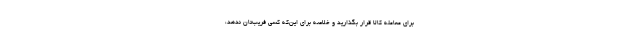
برای معامله کالا قرار بگذارید و خلاصه برای این‌که کسی فریب‌تان ندهد،